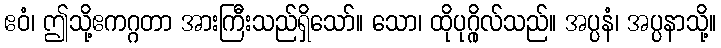
ဧဝံ၊ ဤသို့ဧကဂ္ဂတာ အားကြီးသည်ရှိသော်။ သော၊ ထိုပုဂ္ဂိုလ်သည်။ အပ္ပနံ၊ အပ္ပနာသို့။